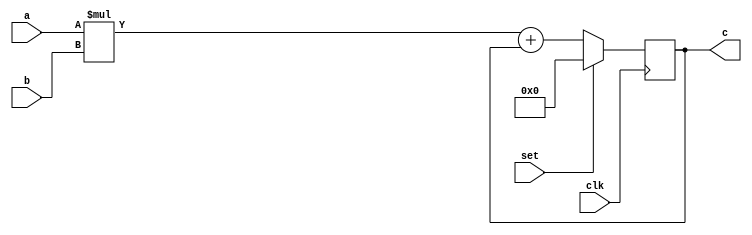
module top(clk,a,b,c,set);
parameter A_WIDTH = 6 /*4*/;
parameter B_WIDTH = 6 /*3*/;
input set;
input clk;
input signed [(A_WIDTH - 1):0] a;
input signed [(B_WIDTH - 1):0] b;
output signed [(A_WIDTH + B_WIDTH - 1):0] c;
reg [(A_WIDTH + B_WIDTH - 1):0] reg_tmp_c;
assign c = reg_tmp_c;
always @(posedge clk)
begin
    if(set)
    begin
        reg_tmp_c <= 0;
    end
    else
    begin
        reg_tmp_c <= a * b + c;
    end
end
endmodule